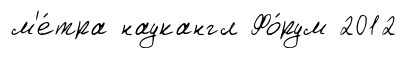
м'е́тра наукангл Фо́рум 2012